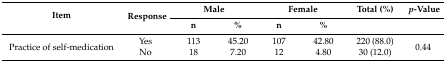
<table><thead><tr><td rowspan="2"><b>Item</b></td><td rowspan="2"><b>Response</b></td><td colspan="2"><b>Male</b></td><td colspan="2"><b>Female</b></td><td><b>Total (%)</b></td><td><b><i>p</i>-Value</b></td></tr><tr><td><b>n</b></td><td><b>%</b></td><td><b>n</b></td><td><b>%</b></td><td></td><td></td></tr></thead><tbody><tr><td rowspan="2">Practice of self-medication</td><td>Yes</td><td>113</td><td>45.20</td><td>107</td><td>42.80</td><td>220 (88.0)</td><td rowspan="2">0.44</td></tr><tr><td>No</td><td>18</td><td>7.20</td><td>12</td><td>4.80</td><td>30 (12.0)</td></tr></tbody></table>